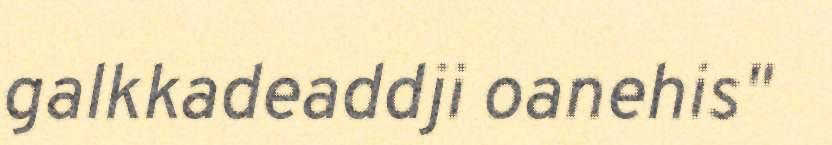
galkkadeaddji oanehis"